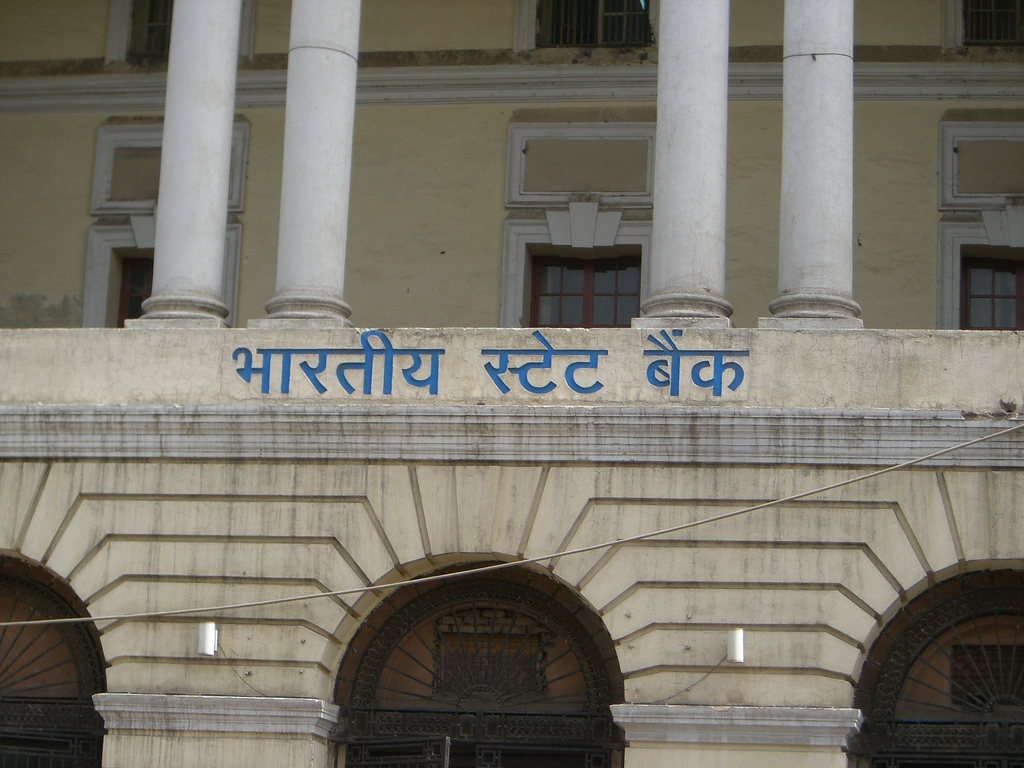
Language: hindi
Transcription: भारतीय बैंक स्टेट